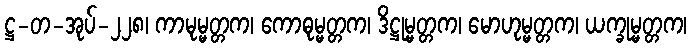
ဋ္ဌ-တ-အုပ်-၂၂၈၊ ကာမုမ္မတ္တက၊ ကောဓုမ္မတ္တက၊ ဒိဋ္ဌုမ္မတ္တက၊ မောဟုမ္မတ္တက၊ ယက္ခုမ္မတ္တက၊